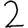
Digit: 2